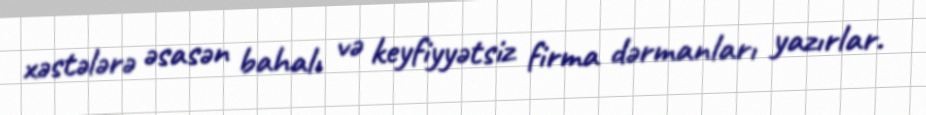
xəstələrə əsasən bahalı və keyfiyyətsiz firma dərmanları yazırlar.